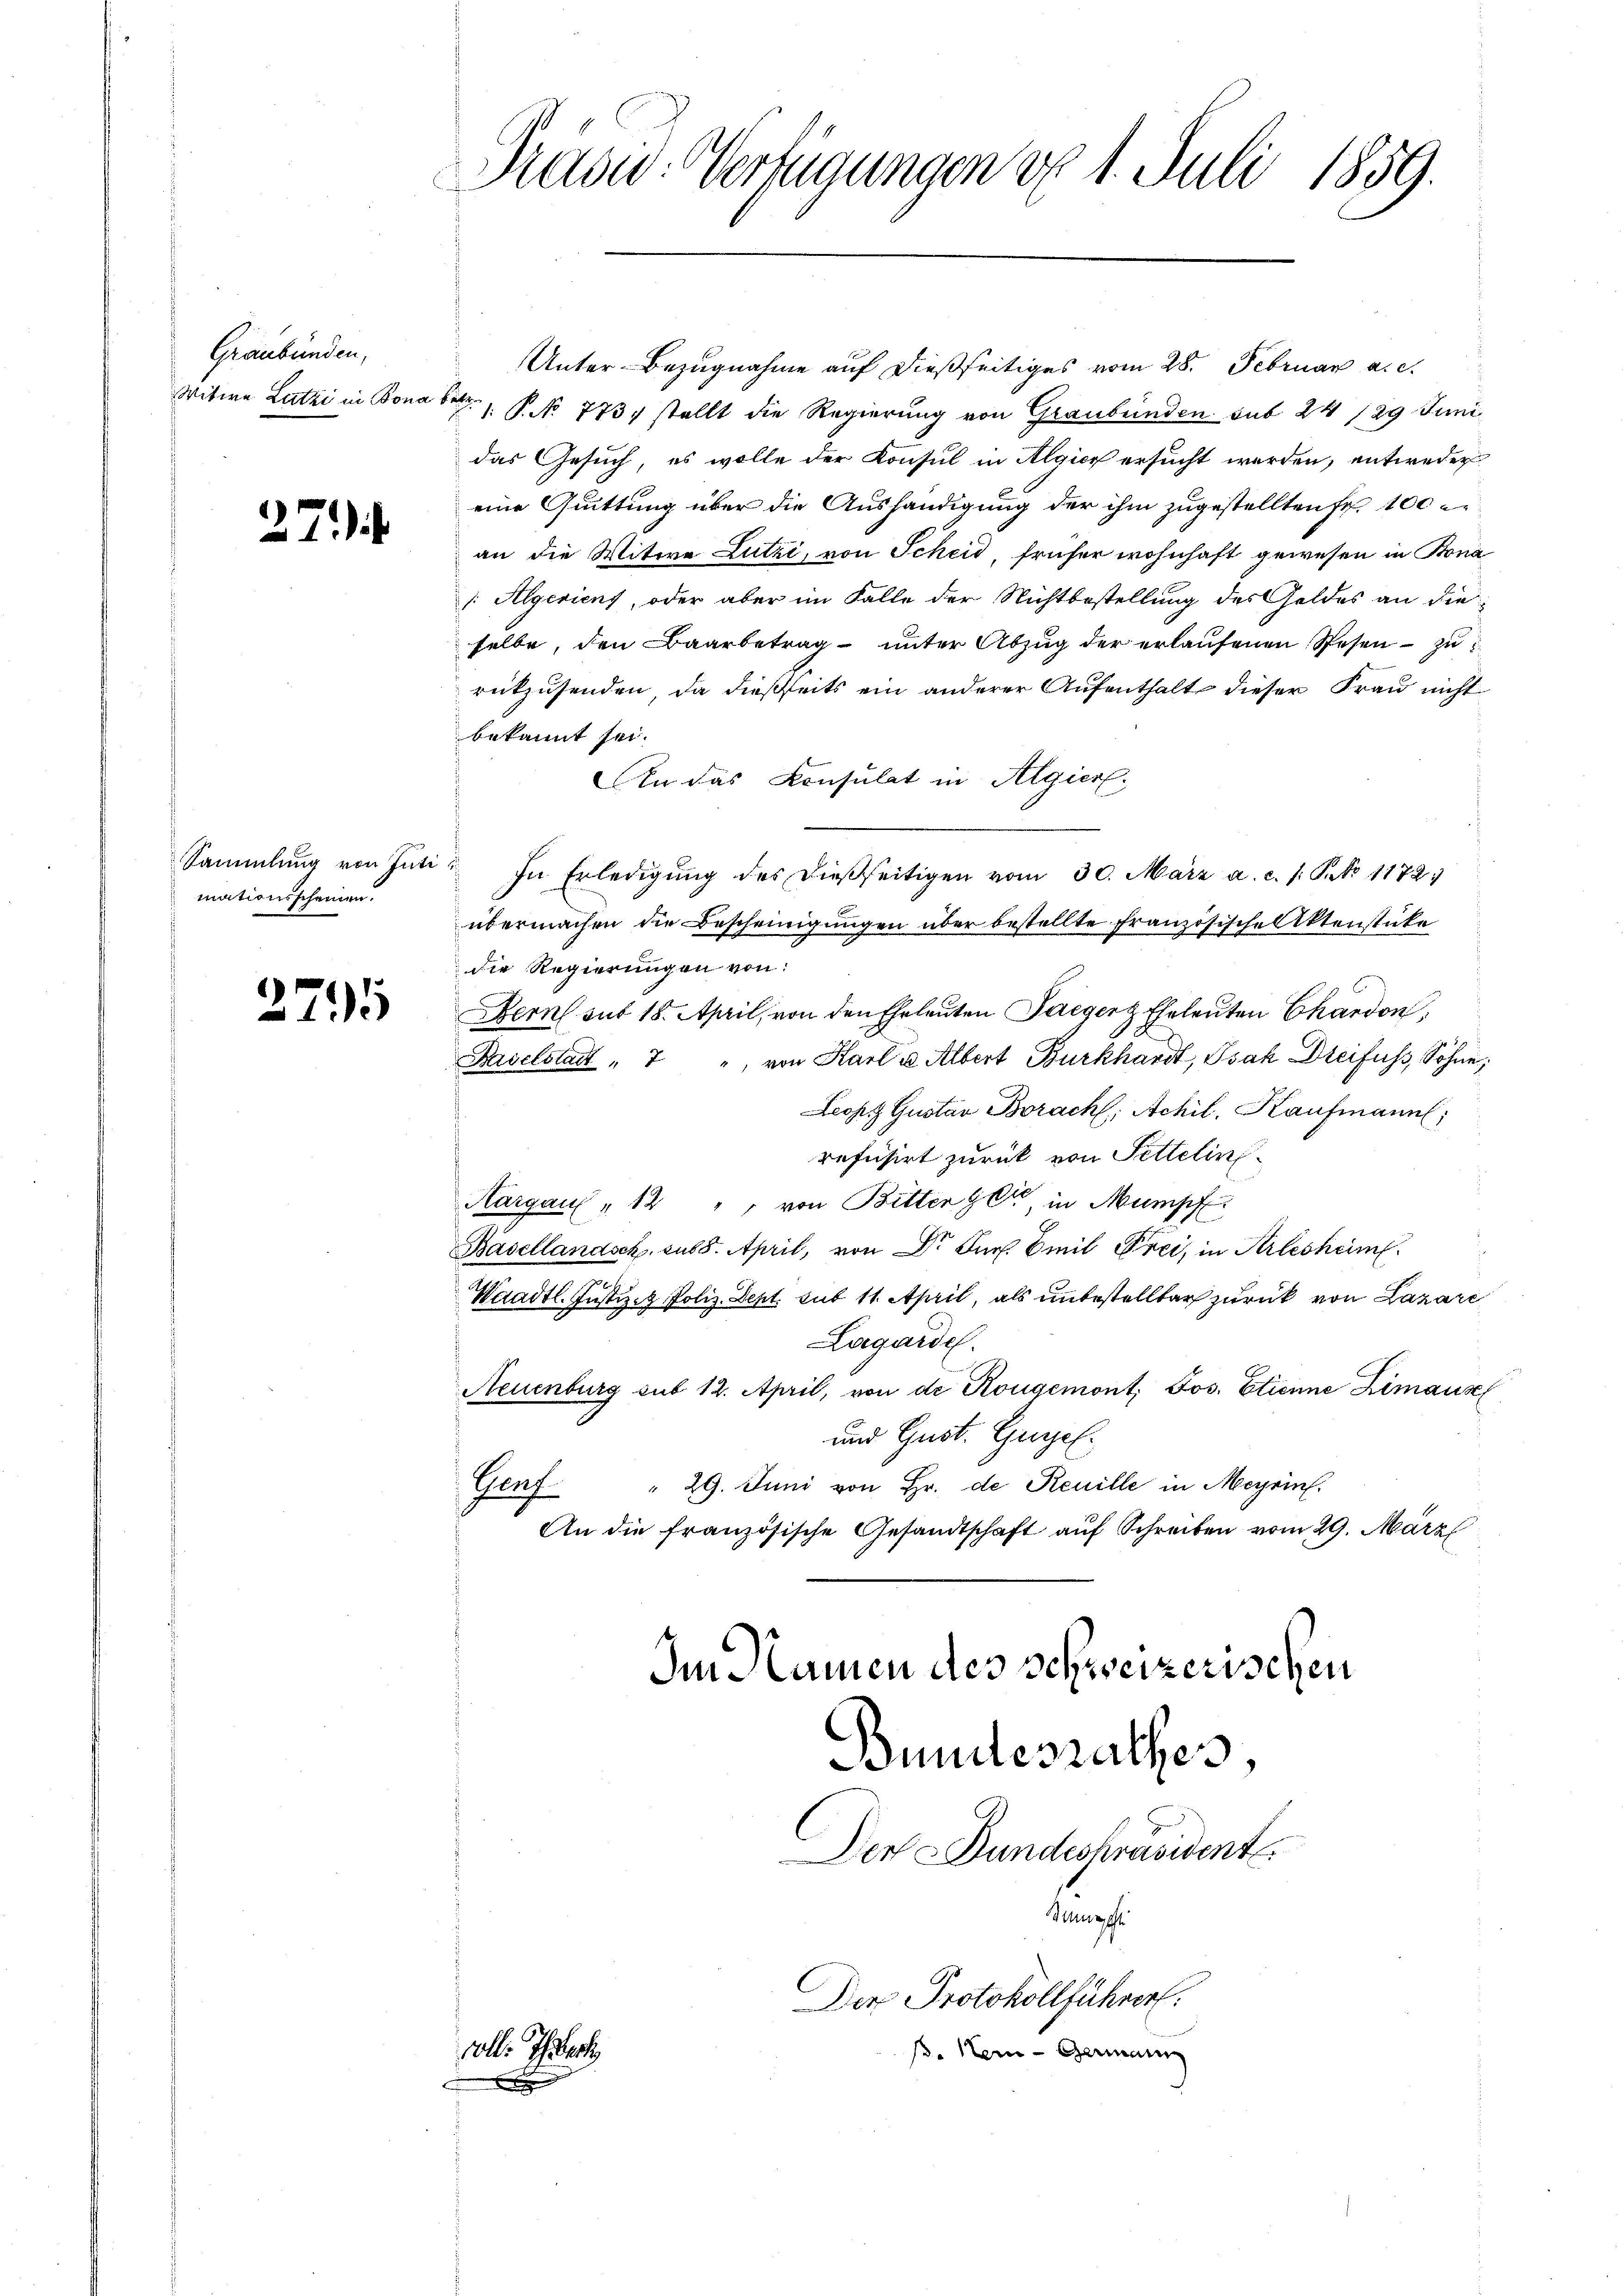
Graubünden,
Witwe Latzi in Bona betr.

274.

Sammlung von Inti
mationsscheinen.

25

Unter-Bezugnahme auf dießseitiges vom 28. Februar a. c.
. P. No. 773 stellt die Regierung von Graubünden sub 24 /29 Juni
das Gesuch, es wolle der Konsul in Algier ersucht werden, entweder
eine Quittung über die Aushändigung der ihm zugestellten Fr. 100
an die Witwe Lutzi, von Scheid, früher wohnhaft gewesen in Bona
[:Algeriens, oder aber im Falle der Nichtbestellung des Geldes an die
selbe, den Baarbetrag unter Abzŭg der erlaŭfenen Spesen zu
rukzusenden, da dießseits ein anderer Aufenthalt dieser Frau nicht
bekannt sei.
An das Konsulat in Algier
In Erledigŭng des dießseitigen vom 30. März a. c. s. S. 1172
übermachen die Bescheinigungen über bestellte Französische Aktenstücke
die Regierungen von:
Bern sub 18. April, von den Eheleuten Saeger Eheleuten Chardon,
Baselstadt " " von Karl u Albert Burkhardt, Isak Dreifuss, Sohne
Leonz Gustav Brach Achil, Kaufmann,
refusirt zurück von Settelins
Aargau " 14 " " von Bitten gere in Mumpf
Basellandsch sub. April, von Dr. Jur. Emil Frei, in Arlesheim
Waadt. Justiz- & Poliz. Sept. sub 11. April, als unbestellbar zurück von Lazare
Lagarde.
Neuenburg sub 12. April, von de Rougemont, Jos. Etienne Zimaus
und Gust. Gesel¬
 29. Juni von Hr. de Reuille in Meyrin.
Pach
An die französische Gesandtschaft auf Schreiben vom 29. März
Im Namen des schweizerischen
Bundesrathes,
Der Bundespräsident
Sanrecht
Der Protokollführer.
solle Thaler
ß. Item Germann

Prasw: Verfügungen d. 1. Juli 1859.